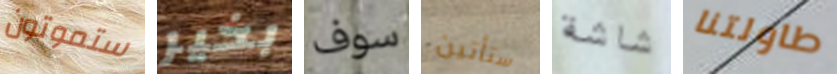
ستموتون بخير سوف ستأتين شاشة طاولتنا